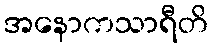
အနောကသာရီတိ